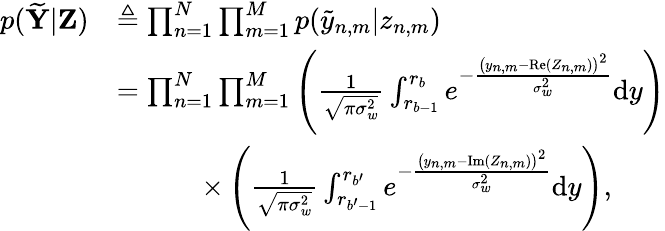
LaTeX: \begin{array}{rl}{p(\widetilde{\mathbf Y}|{\mathbf Z})}&{\triangleq\prod_{n=1}^{N}\prod_{m=1}^{M}{p(\tilde{y}_{n,m}|z_{n,m})}}\\ &{=\prod_{n=1}^{N}\prod_{m=1}^{M}\left(\frac{1}{\sqrt{\pi\sigma_{w}^{2}}}\int_{r_{b-1}}^{r_{b}}e^{-\frac{\left(y_{n,m}-{\mathrm{Re}}(Z_{n,m})\right)^{2}}{\sigma_{w}^{2}}}{\mathrm{d}}y\right)}\\ &{\quad\qquad\times\left(\frac{1}{\sqrt{\pi\sigma_{w}^{2}}}\int_{r_{b^{\prime}-1}}^{r_{b^{\prime}}}e^{-\frac{\left(y_{n,m}-{\mathrm{Im}}(Z_{n,m})\right)^{2}}{\sigma_{w}^{2}}}{\mathrm{d}}y\right),}\end{array}